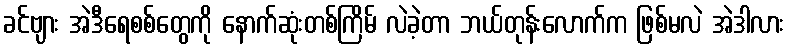
ခင်ဗျား အဲဒီရေစစ်တွေကို နောက်ဆုံးတစ်ကြိမ် လဲခဲ့တာ ဘယ်တုန်းလောက်က ဖြစ်မလဲ အဲဒါလား